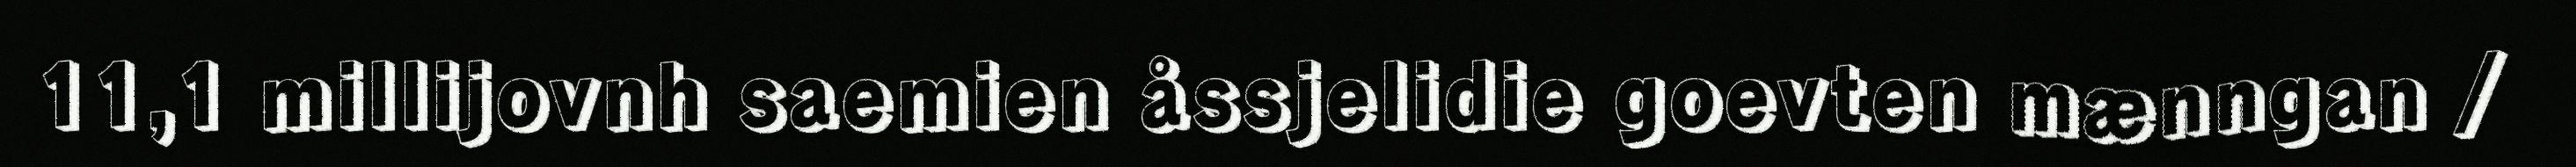
11,1 millijovnh saemien åssjelidie goevten mænngan /